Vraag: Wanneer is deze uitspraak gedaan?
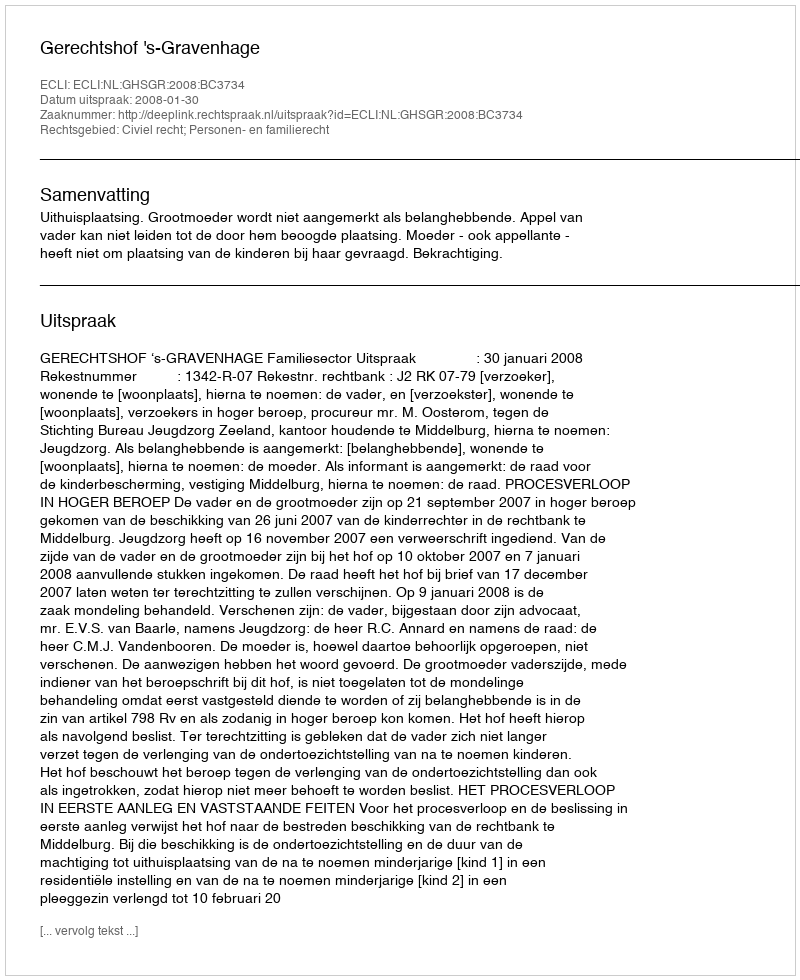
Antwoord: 2008-01-30